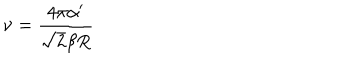
LaTeX: \nu = \frac { 4 \pi \alpha ^ { \prime } } { \sqrt { 2 } \beta R }